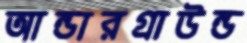
আন্ডারগ্রাউন্ড